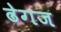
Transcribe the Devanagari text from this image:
ढेगज